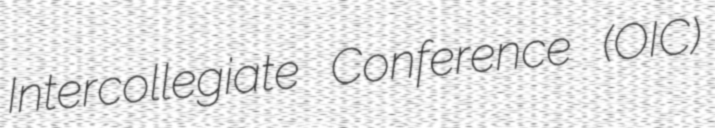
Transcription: Intercollegiate Conference (OIC)